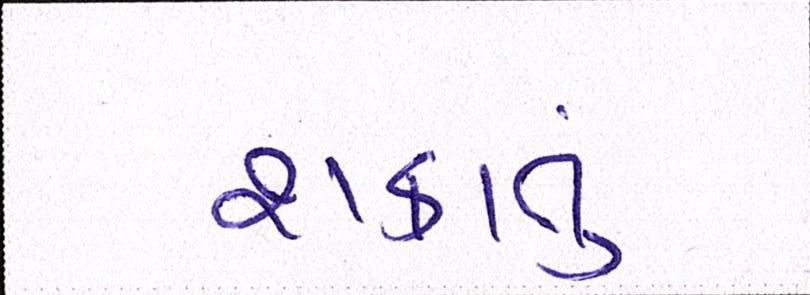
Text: શકાતું